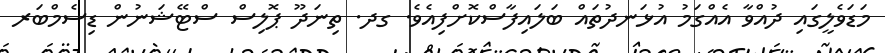
މަޑަވެލީގައި ދުއްވާ އެއްގަމު އުޅަނދުތައް ބަލައިފާސްކޮށްފިއެވެ. ގދ. ތިނަދޫ ޕޮލިސް ސްޓޭޝަނުން ޑިސެމްބަރ